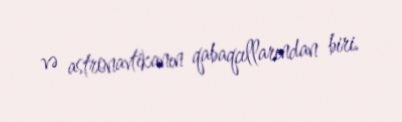
və astronavtikanın qabaqcıllarından biri.